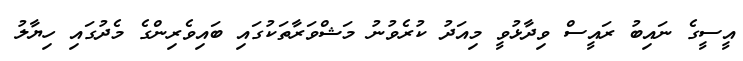
އީސީގެ ނައިބު ރައީސް ވިދާޅުވީ މިއަދު ކުރެވުނު މަޝްވަރާތަކުގައި ބައިވެރިންގެ މެދުގައި ހިޔާލު